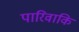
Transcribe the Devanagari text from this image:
पारिवाकि